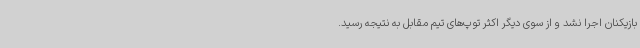
بازیکنان اجرا نشد و از سوی دیگر اکثر توپ‌های تیم مقابل به نتیجه رسید.